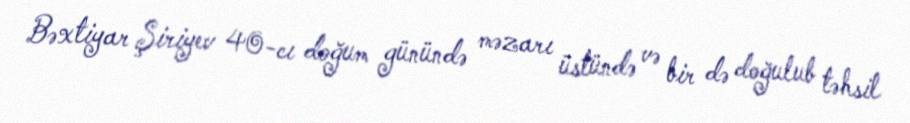
Bəxtiyar Şiriyev 40-cı doğum günündə məzarı üstündə və bir də doğulub təhsil